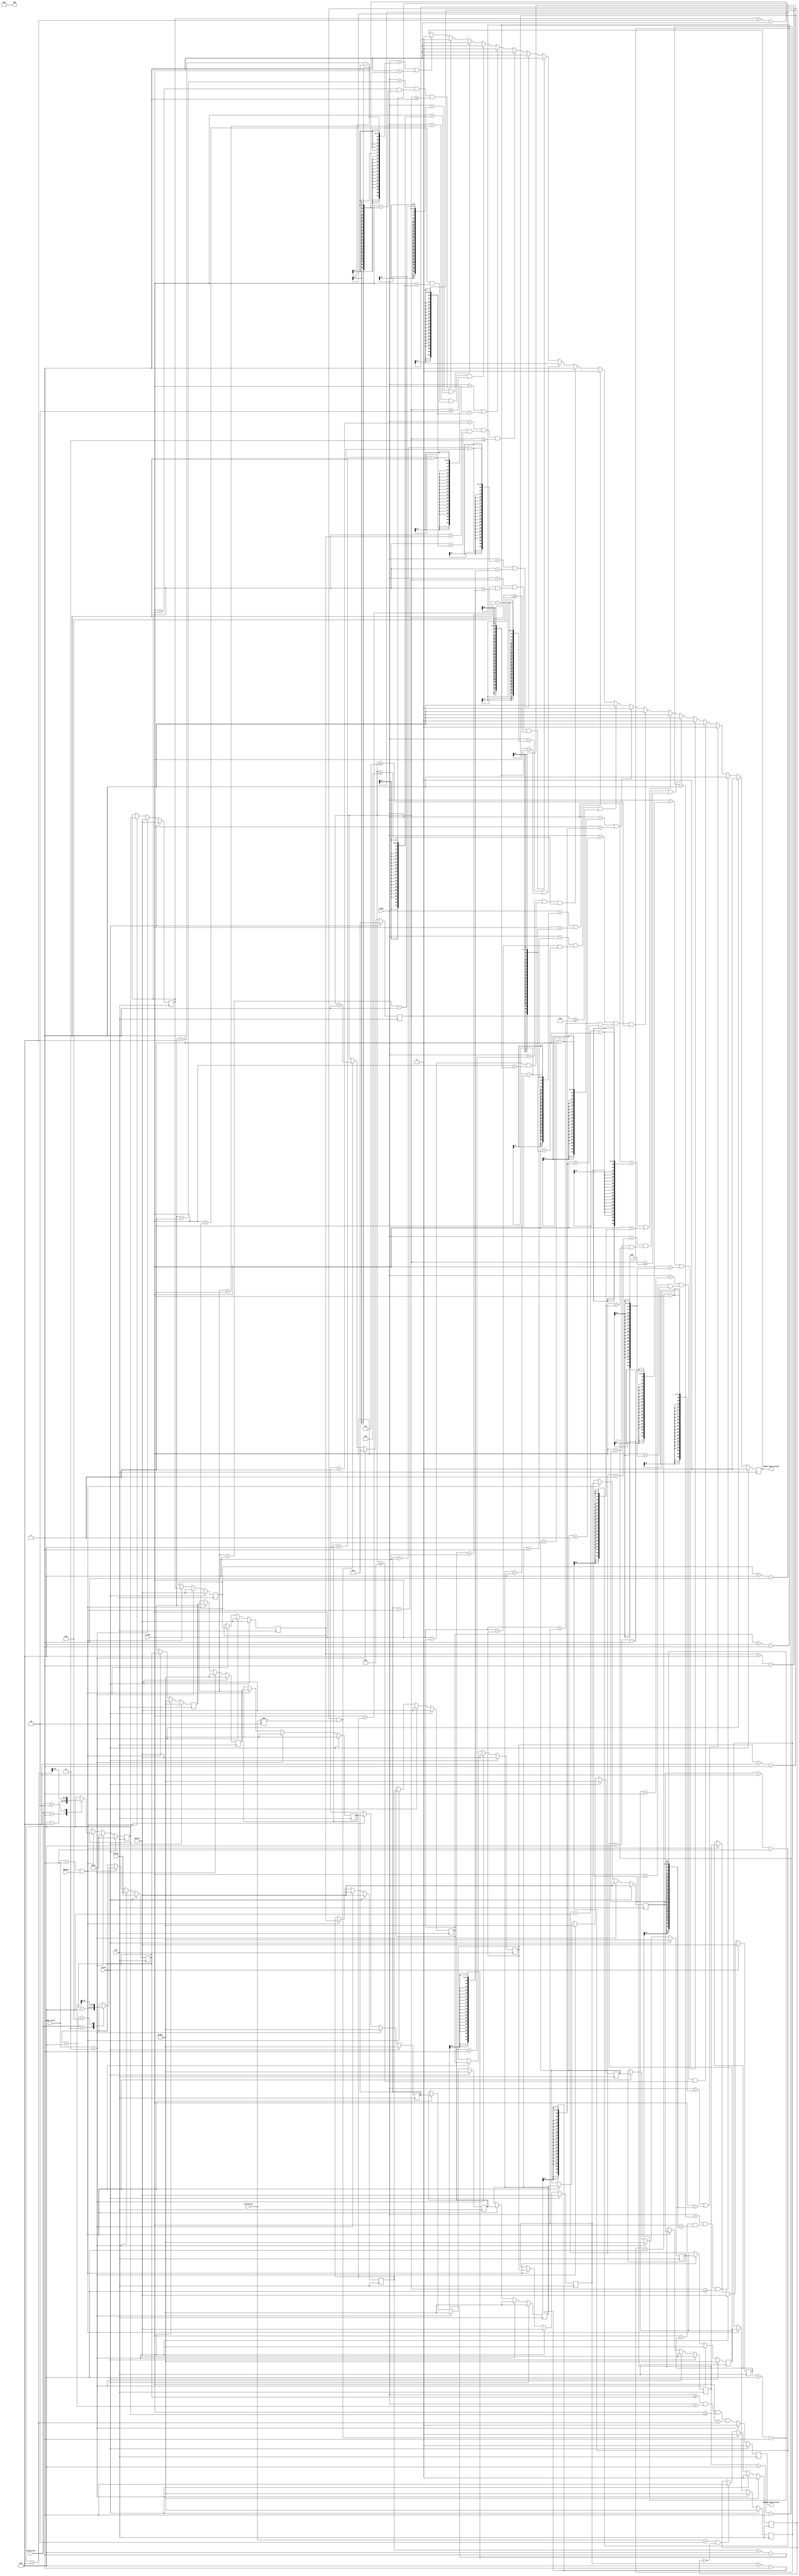
// Copyright 2024 Stefan Hirschbck
// Licensed under the Apache License, Version 2.0 (the "License");
// you may not use this file except in compliance with the License. 
// You may obtain a copy of the License at
// 
// http://www.apache.org/licenses/LICENSE2.0
// 
// Unless required by applicable law or agreed to in writing, software
// distributed under the License is distributed on an "AS IS" BASIS,
// WITHOUT WARRANTIES OR CONDITIONS OF ANY KIND, either express or implied. See the License for the specific language governing permissions and
// limitations under the License.


`default_nettype none
module draw_snake #(
    parameter SIZE = 10,
    parameter BIT = 10,
    parameter X_START = 320, // start position of snake
    parameter Y_START = 240,
    parameter MAX_BODY_ELEMENTS = 10
) (
    input wire clk,
    input wire reset,
    input wire update,
    input wire[BIT-1:0] x_pos,
    input wire[BIT-1:0] y_pos, 
    input wire [2:0] direction,
    input wire [1:0] collision,
    input wire [1:0] game_state,  
    output wire snake_head_active,
    output wire snake_body_active,
    output wire [2:0] rgb
);

parameter snake_rgb = 3'b010; // green


// states control
localparam IDLE = 3'b000;
localparam UP = 3'b001;
localparam DOWN = 3'b010;
localparam LEFT = 3'b011;
localparam RIGHT = 3'b100;

localparam APPLE_COLLECTED = 2'b10;

//states game
localparam PLAY = 2'b01;
localparam GAME_OVER = 2'b11;

integer i,j,k,l,m,n;
reg [BIT-1:0] snakeX, next_snakeX, snakeY, next_snakeY; 
reg [BIT-1:0] bodyX [0:MAX_BODY_ELEMENTS-1];
reg [BIT-1:0] bodyY [0:MAX_BODY_ELEMENTS-1];
reg [BIT-1:0] next_bodyX [0:MAX_BODY_ELEMENTS-1];
reg [BIT-1:0] next_bodyY [0:MAX_BODY_ELEMENTS-1];  
reg body_active, next_body_active;
reg [7:0] body_size, next_body_size;
reg head_active, next_head_active;
reg apple, next_apple;

always @(posedge clk) begin
    if (reset) begin
        snakeX <= X_START;
        snakeY <= Y_START;
        for (i = 0; i < MAX_BODY_ELEMENTS; i = i+1) begin
            bodyX[i] <= 10'd700;
            bodyY[i] <= 10'd500;   
        end    
        body_active <= 1'b0; 
        head_active <= 1'b0;
        body_size <= 8'b00000000;
        apple <= 1'b0;
    end else begin
        snakeX <= next_snakeX;
        snakeY <= next_snakeY;
        for (k = 0; k < MAX_BODY_ELEMENTS; k = k+1) begin
            bodyX[k] <= next_bodyX[k];
            bodyY[k] <= next_bodyY[k];   
        end
        body_active <= next_body_active;
        body_size <= next_body_size;
        head_active <= next_head_active;
        apple <= next_apple;
    end
end

always @(snakeX, snakeY, game_state, direction, update, bodyX[0], bodyY[0], x_pos, y_pos, body_active, body_size, head_active, apple, collision) begin
    // default assignments
    next_snakeX = snakeX;
    next_snakeY = snakeY;
    next_body_active = body_active;
    next_head_active = head_active;
    next_body_size = body_size;
    next_apple = apple;
    for (l = 0; l < MAX_BODY_ELEMENTS; l = l+1) begin 
            next_bodyX[l] = bodyX[l];
            next_bodyY[l] = bodyY[l];   
    end
    
    if (collision == APPLE_COLLECTED && apple == 1'b0) begin
        next_apple = 1'b1;
    end 
    if (apple && collision != APPLE_COLLECTED) begin // increase body size 
        next_body_size = body_size +1;
        next_apple = 1'b0;
    
    end  
    
    if (game_state == PLAY && update) begin
            // shift values in register
            // update all positions
            case (direction) // direction of head
            UP: next_snakeY = (snakeY - SIZE);
            DOWN: next_snakeY = (snakeY + SIZE);
            LEFT : next_snakeX = (snakeX - SIZE);
            RIGHT: next_snakeX = (snakeX + SIZE);
            IDLE: begin 
                    next_snakeY = snakeY;
                    next_snakeX = snakeX;
                  end
            default:begin 
                    next_snakeY = snakeY;
                    next_snakeX = snakeX;
                  end
        endcase 
        for (j = 1; j < MAX_BODY_ELEMENTS; j = j+1) begin
            next_bodyX[j] = bodyX[j-1];
            next_bodyY[j] = bodyY[j-1];   
        end
        next_bodyX[0] = snakeX;
        next_bodyY[0] = snakeY;
        
    end     
    // check if head is at position
    next_head_active = (x_pos >= snakeX) && (x_pos < snakeX + SIZE) && (y_pos >= snakeY) && (y_pos < snakeY + SIZE);
    // check position of body elements
    for (n = 0; n < MAX_BODY_ELEMENTS; n = n + 1) begin
        if (x_pos == bodyX[n] + 1 && (y_pos > bodyY[n] && y_pos < bodyY[n] + SIZE - 1) && body_size >= n+1) begin
            next_body_active = 1'b1;      
        end else if (x_pos == bodyX[n] + SIZE - 1|| y_pos == bodyY[n] + SIZE -1) begin
            next_body_active = 1'b0;
        end 
    end 
    // reset when gameover
    if (game_state == GAME_OVER)  begin  
        //initialise snake head
        next_snakeX = X_START;
        next_snakeY = Y_START;
        next_body_size = 8'b00000000;
        next_apple = 1'b0;
        next_body_active = 1'b0;
        next_head_active = 1'b0;
        for (m = 0; m < MAX_BODY_ELEMENTS; m = m+1) begin
            next_bodyX[m] = 10'd700;
            next_bodyY[m] = 10'd500;   
        end   
          
    end 
end

assign snake_head_active = head_active;
assign snake_body_active = body_active;
assign rgb = snake_rgb;

endmodule